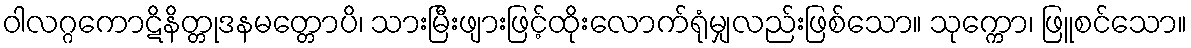
ဝါလဂ္ဂကောဋိနိတ္တုဒနမတ္တောပိ၊ သားမြီးဖျားဖြင့်ထိုးလောက်ရုံမျှလည်းဖြစ်သော။ သုက္ကော၊ ဖြူစင်သော။